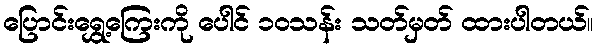
ပြောင်းရွှေ့ကြေးကို ပေါင် ၁၀သန်း သတ်မှတ် ထားပါတယ်။